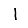
Digit: 1